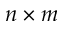
n \times m